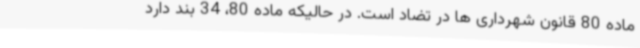
ماده 80 قانون شهرداری ها در تضاد است. در حالیکه ماده 80، 34 بند دارد